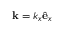
{ \bf k } = k _ { x } \hat { \bf { e } } _ { x }